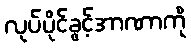
လုပ်ပိုင်ခွင့်အာဏာကို